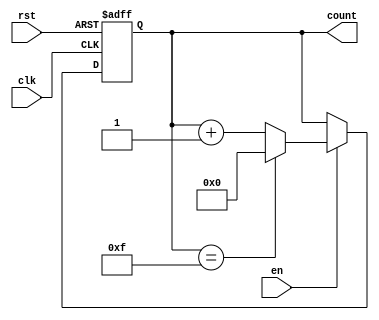
module multi_bit_counter #(
    parameter WIDTH = 4 // Default width is 4 bits
)(
    input wire clk,       // Clock signal
    input wire rst,       // Asynchronous reset
    input wire en,        // Enable signal
    output reg [WIDTH-1:0] count // Multi-bit output count
);

// Maximum value for the counter
localparam MAX_COUNT = (1 << WIDTH) - 1; // 2^WIDTH - 1

// Always block for counter operation
always @(posedge clk or posedge rst) begin
    if (rst) begin
        count <= 0; // Reset count to 0
    end else if (en) begin
        if (count == MAX_COUNT) begin
            count <= 0; // Wrap around to 0
        end else begin
            count <= count + 1; // Increment count
        end
    end
end

endmodule